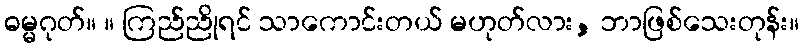
ဓမ္မဂုတ်။ ။ ကြည်ညိုရင် သာကောင်းတယ် မဟုတ်လား, ဘာဖြစ်သေးတုန်း။